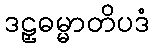
ဒဠှဓမ္မာတိပဒံ